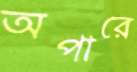
অপারে